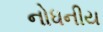
નોધનીય